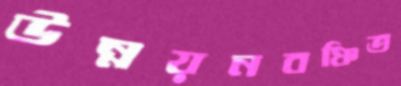
উন্নয়নবঞ্চিত